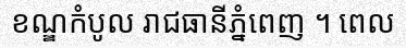
ខណ្ឌកំបូល រាជធានីភ្នំពេញ ។ ពេល